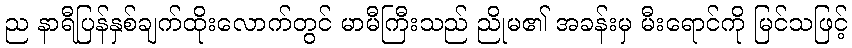
ည နာရီပြန်နှစ်ချက်ထိုးလောက်တွင် မာမီကြီးသည် ညိုမ၏ အခန်းမှ မီးရောင်ကို မြင်သဖြင့်